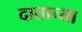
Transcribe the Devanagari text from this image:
दाताच्या